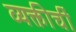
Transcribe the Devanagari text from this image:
व्यक्तीचीं